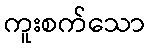
ကူးစက်သော